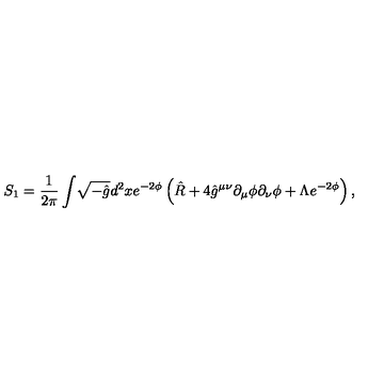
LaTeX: S _ { 1 } = \frac { 1 } { 2 \pi } \int \! \sqrt { - \hat { g } } d ^ { 2 } x e ^ { - 2 \phi } \left( \hat { R } + 4 \hat { g } ^ { \mu \nu } \partial _ { \mu } \phi \partial _ { \nu } \phi + \Lambda e ^ { - 2 \phi } \right) ,